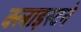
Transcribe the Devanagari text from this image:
क्लाइस्टने